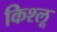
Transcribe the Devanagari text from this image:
किश्लू